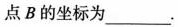
点B的坐标为___.